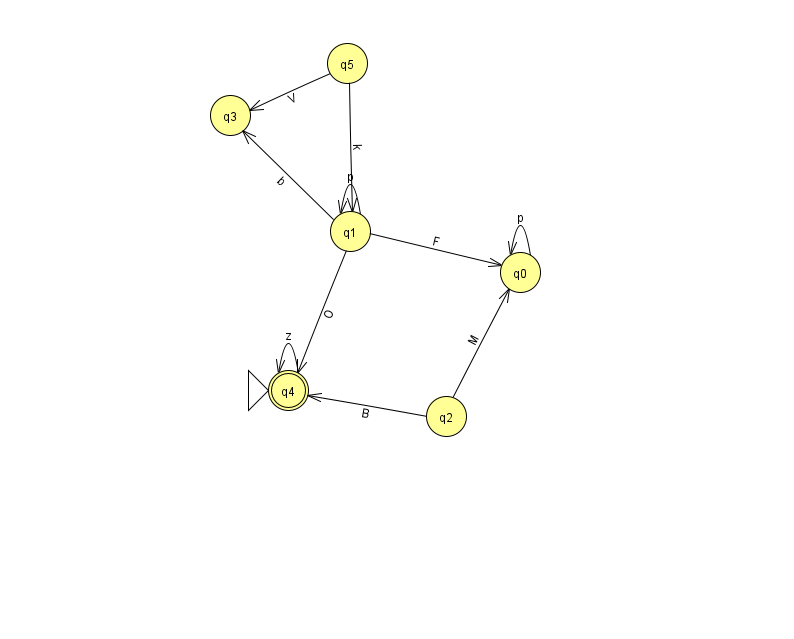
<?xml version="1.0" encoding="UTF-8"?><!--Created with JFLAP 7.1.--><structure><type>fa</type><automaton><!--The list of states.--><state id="0" name="q0"><x>520.0</x><y>259.0</y></state><state id="1" name="q1"><x>350.0</x><y>218.0</y></state><state id="2" name="q2"><x>446.0</x><y>403.0</y></state><state id="3" name="q3"><x>230.0</x><y>102.0</y></state><state id="4" name="q4"><x>288.0</x><y>377.0</y><initial/><final/></state><state id="5" name="q5"><x>347.0</x><y>50.0</y></state><!--The list of transitions.--><transition><from>0</from><to>0</to><read>p</read></transition><transition><from>1</from><to>1</to><read>p</read></transition><transition><from>2</from><to>4</to><read>B</read></transition><transition><from>4</from><to>4</to><read>z</read></transition><transition><from>1</from><to>3</to><read>b</read></transition><transition><from>5</from><to>1</to><read>k</read></transition><transition><from>2</from><to>0</to><read>M</read></transition><transition><from>1</from><to>4</to><read>O</read></transition><transition><from>1</from><to>0</to><read>F</read></transition><transition><from>5</from><to>3</to><read>V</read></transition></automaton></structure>